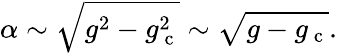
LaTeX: \alpha\sim\sqrt{g^{2}-g_{\mathrm{~c~}}^{2}}\sim\sqrt{g-g_{\mathrm{~c~}}}.